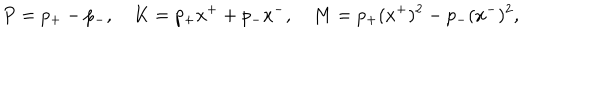
P = p _ { + } - p _ { - } , ~ K = p _ { + } x ^ { + } + p _ { - } x ^ { - } , ~ M = p _ { + } ( x ^ { + } ) ^ { 2 } - p _ { - } ( x ^ { - } ) ^ { 2 } ,